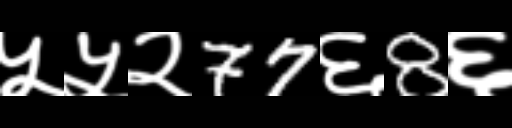
Text: ५५२77६8६